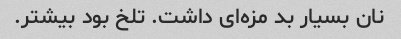
نان بسیار بد مزه‌ای داشت. تلخ بود بیشتر.